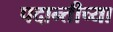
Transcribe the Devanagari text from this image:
पदान्तीच्या